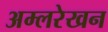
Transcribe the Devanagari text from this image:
अम्लरेखन